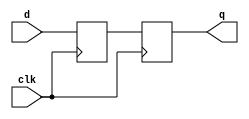
module  nonblock( q,
                  d, 
                  clk);
               
output  q   ; 
input   d   ; 
input   clk ;

reg     n1  ;
reg     q   ;

always @(posedge clk) begin 
  n1 <= d   ;  // nonblocking 
  q  <= n1  ; // nonblocking 
end

endmodule



module  block( q,
               d, 
               clk);
                  
output  q   ; 
input   d   ; 
input   clk ;

reg     n1  ;
reg     q   ;

always @(posedge clk) begin 
  n1 = d    ;  // nonblocking 
  q  = n1   ; // nonblocking 
end

endmodule